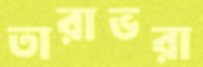
তারাভরা